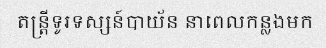
តន្ត្រីទូរទស្សន៍បាយ័ន នាពេលកន្លងមក